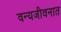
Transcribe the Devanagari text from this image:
वन्यजीवनात